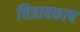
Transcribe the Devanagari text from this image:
चित्रावकाष